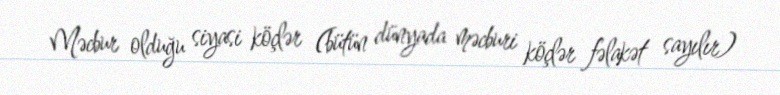
Məcbur olduğu siyasi köçlər (bütün dünyada məcburi köçlər fəlakət sayılır)